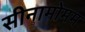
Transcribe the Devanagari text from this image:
सीनामोमम